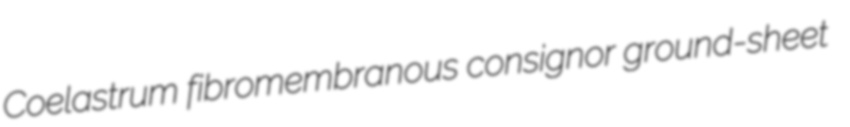
Coelastrum fibromembranous consignor ground-sheet